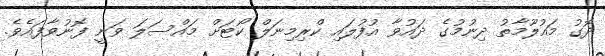
ދޮގު މައުލޫމާތު ދިނުމުގެ ދައުވާ އުފުލައި ކްރިމިނަލް ކޯޓަށް މައްސަލަ ވަނީ ފޮނުވާފައެވެ.